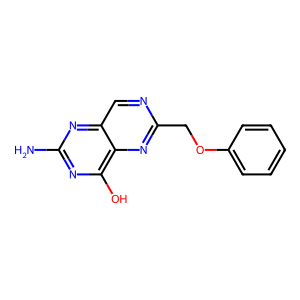
SMILES: Nc1nc(O)c2nc(COc3ccccc3)ncc2n1
Inhibits HIV replication: No